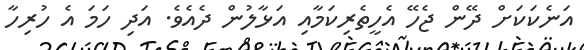
އަނެކަކަށް ދޭން ޖެހޭ އެހީތެރިކަމާއި އަޅާލުން ދެއެވެ. އަދި ހަމަ އެ ހުރިހާ